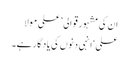
ان کی مشہور قوالی ’علی مولا
علی‘ انہی دنوں کی یادگار ہے۔